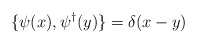
\begin{align*}\{\psi (x), \psi^\dagger (y) \} = \delta (x-y) \end{align*}